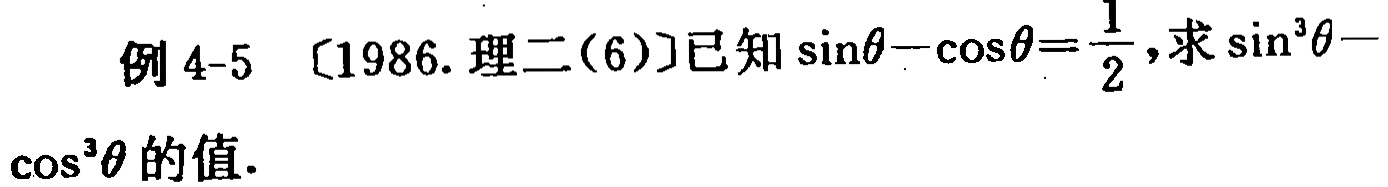
例 4-5 〔1986. 理二(6)〕已知\(\sin\theta - \cos\theta = \frac{1}{2}\),求\(\sin^{3}\theta - \cos^{3}\theta\)的值.